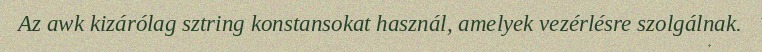
Az awk kizárólag sztring konstansokat használ, amelyek vezérlésre szolgálnak.